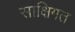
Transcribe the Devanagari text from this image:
साक्षिगत